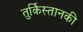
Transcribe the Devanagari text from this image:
तुर्किस्तानकी